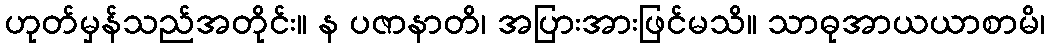
ဟုတ်မှန်သည်အတိုင်း။ န ပဇာနာတိ၊ အပြားအားဖြင်မသိ။ သာဓုအာယယာစာမိ၊